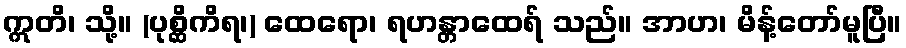
ဣတိ၊ သို့။ (ပုစ္ဆိကိရ၊) ထေရော၊ ရဟန္တာထေရ် သည်။ အာဟ၊ မိန့်တော်မူပြီ။